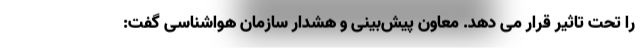
را تحت تاثیر قرار می دهد. معاون پیش‌بینی و هشدار سازمان هواشناسی گفت: